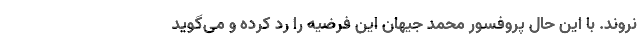
نروند. با این حال پروفسور محمد جیهان این فرضیه را رد کرده و می‌گوید